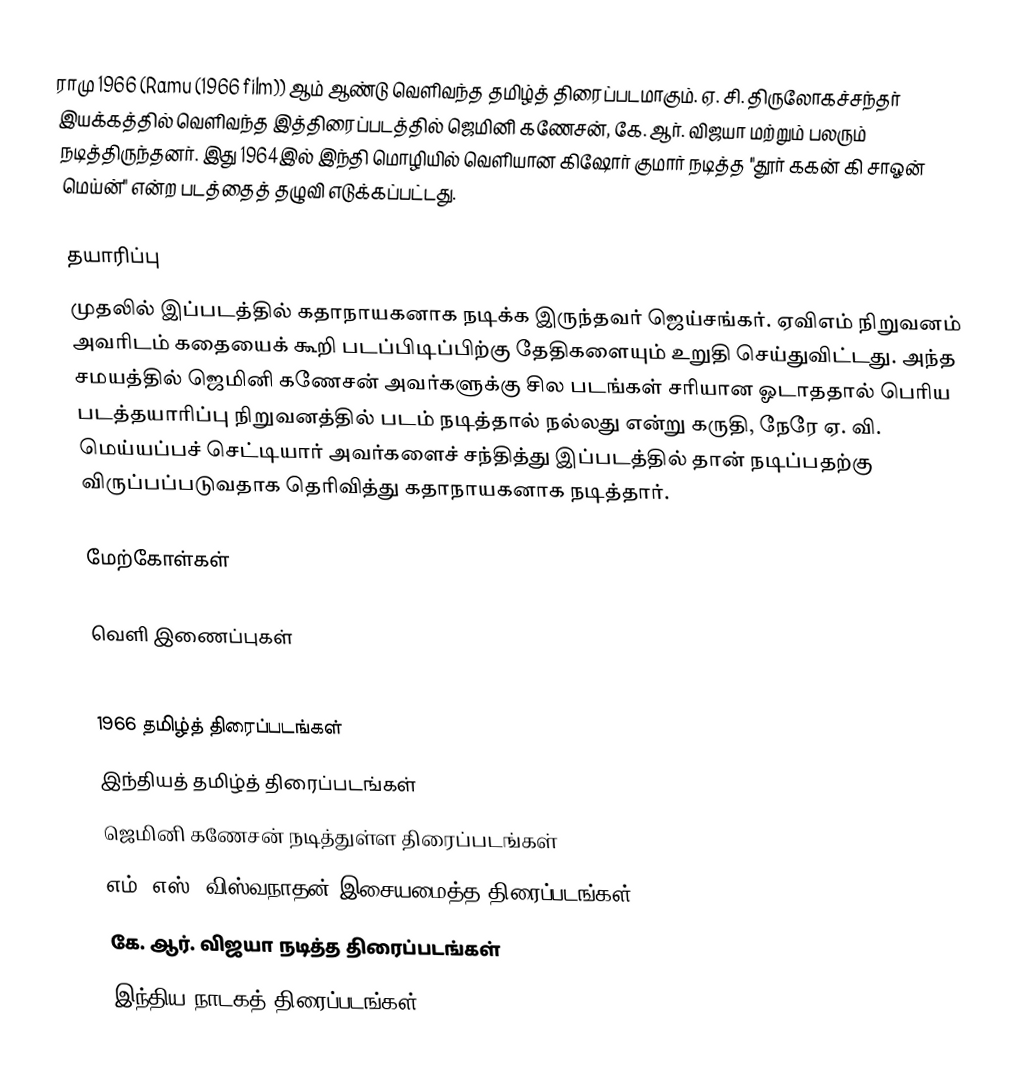
ராமு 1966 (Ramu (1966 film)) ஆம் ஆண்டு வெளிவந்த தமிழ்த் திரைப்படமாகும். ஏ. சி. திருலோகச்சந்தர் இயக்கத்தில் வெளிவந்த இத்திரைப்படத்தில் ஜெமினி கணேசன், கே. ஆர். விஜயா மற்றும் பலரும் நடித்திருந்தனர். இது 1964இல் இந்தி மொழியில் வெளியான கிஷோர் குமார் நடித்த "தூர் ககன் கி சாஓன் மெய்ன்" என்ற படத்தைத் தழுவி எடுக்கப்பட்டது.

தயாரிப்பு
முதலில் இப்படத்தில் கதாநாயகனாக நடிக்க இருந்தவர் ஜெய்சங்கர். ஏவிஎம் நிறுவனம் அவரிடம் கதையைக் கூறி படப்பிடிப்பிற்கு தேதிகளையும் உறுதி செய்துவிட்டது. அந்த சமயத்தில் ஜெமினி கணேசன் அவர்களுக்கு சில படங்கள் சரியான ஓடாததால் பெரிய படத்தயாரிப்பு நிறுவனத்தில் படம் நடித்தால் நல்லது என்று கருதி, நேரே ஏ. வி. மெய்யப்பச் செட்டியார் அவர்களைச் சந்தித்து இப்படத்தில் தான் நடிப்பதற்கு விருப்பப்படுவதாக தெரிவித்து கதாநாயகனாக நடித்தார்.

மேற்கோள்கள்

வெளி இணைப்புகள்

1966 தமிழ்த் திரைப்படங்கள்
இந்தியத் தமிழ்த் திரைப்படங்கள்
ஜெமினி கணேசன் நடித்துள்ள திரைப்படங்கள்
எம். எஸ். விஸ்வநாதன் இசையமைத்த திரைப்படங்கள்
கே. ஆர். விஜயா நடித்த திரைப்படங்கள்
இந்திய நாடகத் திரைப்படங்கள்